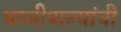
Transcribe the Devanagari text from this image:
भाजीपाल्यांची